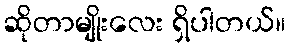
ဆိုတာမျိုးလေး ရှိပါတယ်။